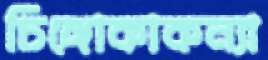
চিঙ্গোকাকন্যা